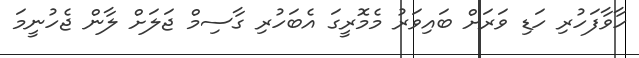
ހާވާފަހުރި ހަޑި ވަރަށް ބައިވަރު މެމޮރީގަ އެބަހުރި ގާސިމް ޖަލަށް ލާން ޖެހުނީމަ